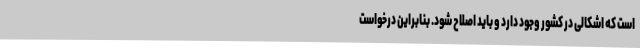
است که اشکالی در کشور وجود دارد و باید اصلاح شود. بنابراین درخواست